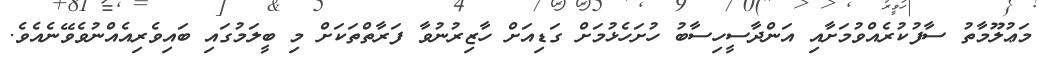
މަޢުލޫމާތު ސާފުކުރެއްވުމަށާއި އަންދާސީހިސާބު ހުށަހެޅުމަށް ގަޑިއަށް ހާޒިރުނުވާ ފަރާތްތަކަށް މި ބީލަމުގައި ބައިވެރިއެއްނުވެވޭނެއެވެ.